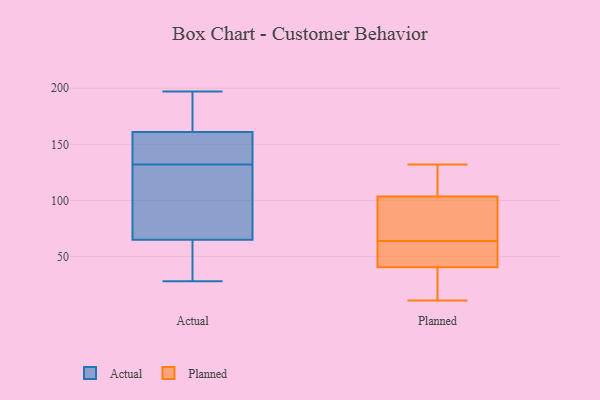
{"axis": {"x": "Demand Index", "y": "Value"}, "legend": ["Actual", "Planned"], "data": [{"x": "", "y": 182, "type": "Actual"}, {"x": "", "y": 124, "type": "Actual"}, {"x": "", "y": 28, "type": "Actual"}, {"x": "", "y": 116, "type": "Actual"}, {"x": "", "y": 65, "type": "Actual"}, {"x": "", "y": 197, "type": "Actual"}, {"x": "", "y": 179, "type": "Actual"}, {"x": "", "y": 49, "type": "Actual"}, {"x": "", "y": 134, "type": "Actual"}, {"x": "", "y": 146, "type": "Actual"}, {"x": "", "y": 123, "type": "Actual"}, {"x": "", "y": 168, "type": "Actual"}, {"x": "", "y": 155, "type": "Actual"}, {"x": "", "y": 161, "type": "Actual"}, {"x": "", "y": 130, "type": "Actual"}, {"x": "", "y": 145, "type": "Actual"}, {"x": "", "y": 65, "type": "Actual"}, {"x": "", "y": 42, "type": "Actual"}, {"x": "", "y": 100, "type": "Planned"}, {"x": "", "y": 11, "type": "Planned"}, {"x": "", "y": 120, "type": "Planned"}, {"x": "", "y": 28, "type": "Planned"}, {"x": "", "y": 67, "type": "Planned"}, {"x": "", "y": 33, "type": "Planned"}, {"x": "", "y": 51, "type": "Planned"}, {"x": "", "y": 43, "type": "Planned"}, {"x": "", "y": 132, "type": "Planned"}, {"x": "", "y": 60, "type": "Planned"}, {"x": "", "y": 49, "type": "Planned"}, {"x": "", "y": 116, "type": "Planned"}, {"x": "", "y": 64, "type": "Planned"}, {"x": "", "y": 100, "type": "Planned"}, {"x": "", "y": 114, "type": "Planned"}, {"x": "", "y": 70, "type": "Planned"}, {"x": "", "y": 31, "type": "Planned"}]}